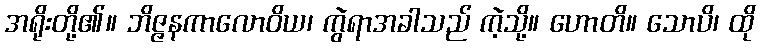
အရိုးတို့၏။ ဘိဇ္ဇနကာလောဝိယ၊ ကွဲရာအခါသည် ကဲ့သို့။ ဟောတိ။ သောပိ၊ ထို